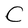
Character: C